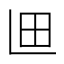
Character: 𮴽